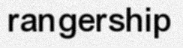
rangership